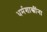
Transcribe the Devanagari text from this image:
धर्मशास्त्रींना